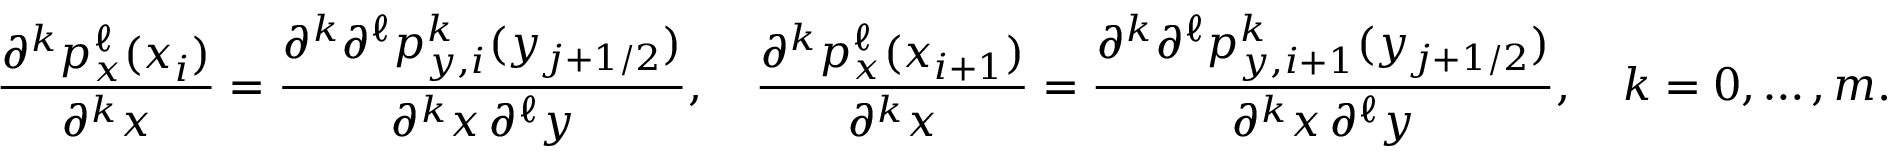
\frac { \partial ^ { k } p _ { x } ^ { \ell } ( x _ { i } ) } { \partial ^ { k } x } = \frac { \partial ^ { k } \partial ^ { \ell } p _ { y , i } ^ { k } ( y _ { j + 1 / 2 } ) } { \partial ^ { k } x \, \partial ^ { \ell } y } , \quad \frac { \partial ^ { k } p _ { x } ^ { \ell } ( x _ { i + 1 } ) } { \partial ^ { k } x } = \frac { \partial ^ { k } \partial ^ { \ell } p _ { y , i + 1 } ^ { k } ( y _ { j + 1 / 2 } ) } { \partial ^ { k } x \, \partial ^ { \ell } y } , \quad k = 0 , \dots , m .